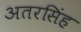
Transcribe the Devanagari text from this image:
अतरसिंह